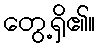
တွေ့ရှိ၏။